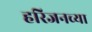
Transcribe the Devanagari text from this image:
हरिजनच्या